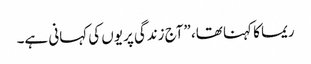
ریما کا کہنا تھا، ”آج زندگی پریوں کی کہانی ہے۔